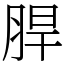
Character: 䏷